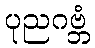
ပုညဂဗ္ဘံ